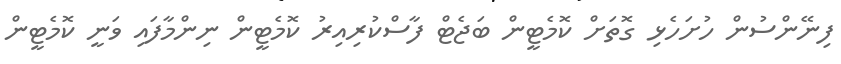
ފިނޭންސުން ހުށަހެޅި ގޮތަށް ކޮމެޓީން ބަޖެޓް ފާސްކުރިއިރު ކޮމެޓީން ނިންމާފައި ވަނީ ކޮމެޓީން